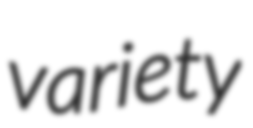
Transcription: variety